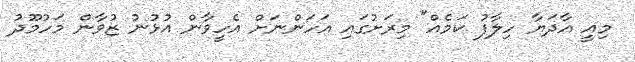
މިއީ އާދަޔާ ހިލާފު ކަމެއް" މިރަށުގައި އަހަންނަށް އެހީވާން އުޅުނު ޒުވާން މަހުމޫދު